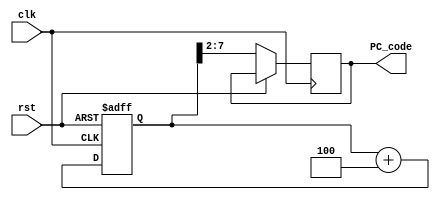
`timescale 1ns / 1ps
//////////////////////////////////////////////////////////////////////////////////
// Company: 
// Engineer: 
// 
// Design Name: 
// Module Name:    Fetch_PC 
// Project Name: 
// Target Devices: 
// Tool versions: 
// Description: 
//
// Dependencies: 
//
// Revision: 
// Revision 0.01 - File Created
// Additional Comments: 
//
//////////////////////////////////////////////////////////////////////////////////
module Fetch_PC(
	input clk,
	input rst,
	
	output reg [5:0] PC_code
    );
	 reg [31:0] PC;
	 
	 always@(posedge rst or negedge clk) begin
		if(rst) begin
			PC <= 32'h0;
		end else begin
			 PC_code = PC[7:2]; 
			 PC <= PC + 32'h4;
		end
	 end

endmodule